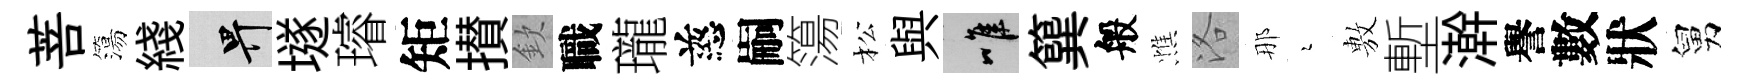
菩簜綫畀𡑞璿矩攅欽職瓏慈嗣簜松與唯簨般憔洛那瑟𢾾塹澣譽數狀舅